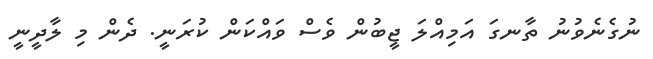
ނުގެނެވުނު ތާނގަ އަމިއްލަ ޖީބުން ވެސް ވައްކަން ކުރަނީ. ދެން މި ލާދީނީ